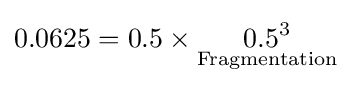
0.0625=0.5\times {\underset {\text{Fragmentation}}{0.5^{3}}}